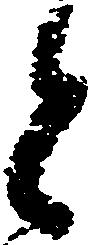
と